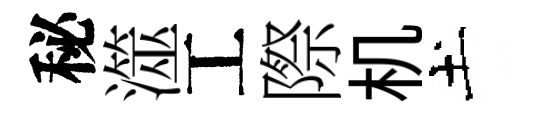
秘澨工際机土